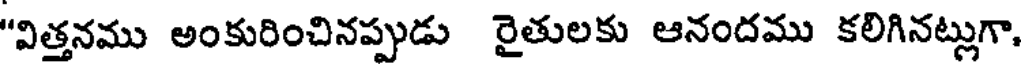
"విత్తనము అంకురించినప్పుడు రైతులకు ఆనందము కలిగినట్లుగా.